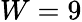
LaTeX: W=9